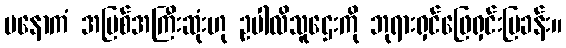
မနောကံ အပြစ်အကြီးဆုံးဟု ဥပါလိသူဌေးကို ဘုရားရှင်ဖြေရှင်းပြခန်း။